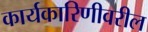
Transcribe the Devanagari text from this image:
कार्यकारिणीवरील